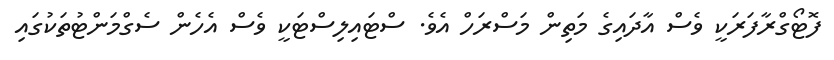
ފޮޓޯގްރާފަރަކީ ވެސް އާދައިގެ މަތިން މަސްރަހް އެވެ. ސްޓައިލިސްޓަކީ ވެސް އެހެން ސެގްމަންޓުތަކުގައި